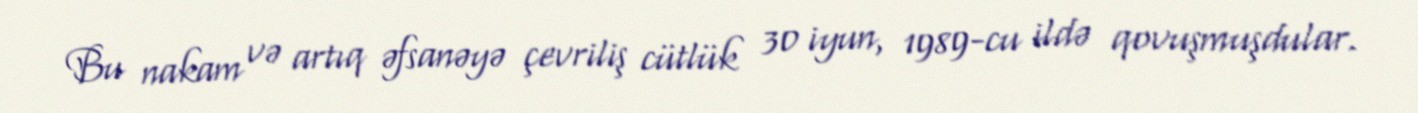
Bu nakam və artıq əfsanəyə çevriliş cütlük 30 iyun, 1989-cu ildə qovuşmuşdular.